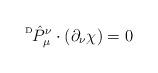
LaTeX: \begin{align*}\raisebox{2.0mm}{{\tiny D}}\hat{P}^{\nu}_{\mu} \cdot (\partial_{\nu} \chi) = 0\end{align*}